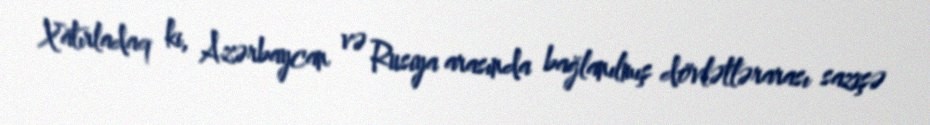
Xatırladaq ki, Azərbaycan və Rusiya arasında bağlanılmış dövlətlərarası sazişə